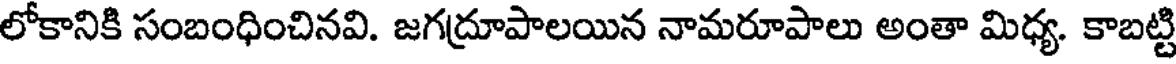
లోకానికి సంబంధించినవి. జగద్రూపాలయిన నామరూపాలు అంతా మిధ్య. కాబట్టి